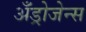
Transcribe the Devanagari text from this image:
अँड्रोजेन्स